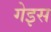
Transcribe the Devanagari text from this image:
गेइस